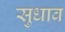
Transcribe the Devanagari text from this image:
सुधाव